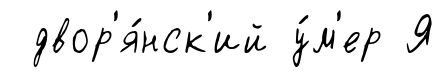
двор'я́нск'ий у́м'ер Я